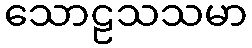
သောဠသသမာ